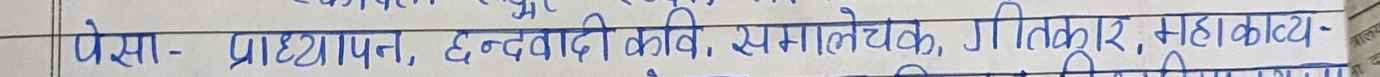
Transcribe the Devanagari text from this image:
फेसा- प्राध्यापन, द्वन्दवादी कवि, समालोचक, गीतकार, महाकाव्य-